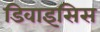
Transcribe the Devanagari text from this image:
डिवाइसिस